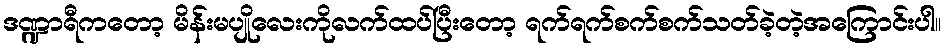
ဒဏ္ဍာရီကတော့ မိန်းမပျိုလေးကိုလက်ထပ်ပြီးတော့ ရက်ရက်စက်စက်သတ်ခဲ့တဲ့အကြောင်းပါ။